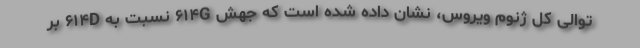
توالی کل ژنوم ویروس، نشان داده شده است که جهش ۶۱۴G نسبت به ۶۱۴D بر